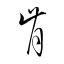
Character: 肯